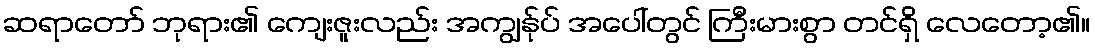
ဆရာတော် ဘုရား၏ ကျေးဇူးလည်း အကျွန်ုပ် အပေါ်တွင် ကြီးမားစွာ တင်ရှိ လေတော့၏။